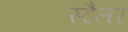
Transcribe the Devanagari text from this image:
स्टैलर